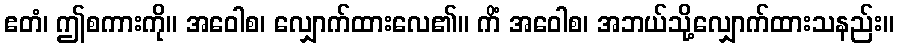
ဧတံ၊ ဤစကားကို။ အဝေါစ၊ လျှောက်ထားလေ၏။ ကိံ အဝေါစ၊ အဘယ်သို့လျှောက်ထားသနည်း။